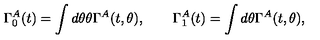
\Gamma _ { 0 } ^ { A } ( t ) = \int d \theta \theta \Gamma ^ { A } ( t , \theta ) , \qquad \Gamma _ { 1 } ^ { A } ( t ) = \int d \theta \Gamma ^ { A } ( t , \theta ) ,